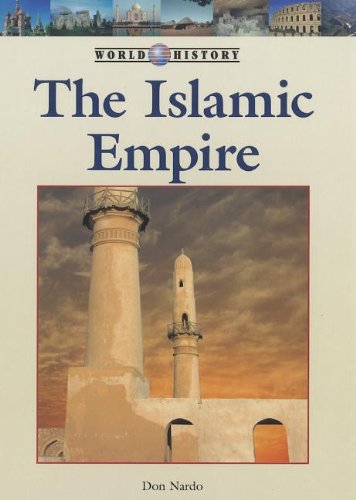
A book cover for The Islamic Empire (World History Series); Don Nardo; Children's Books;